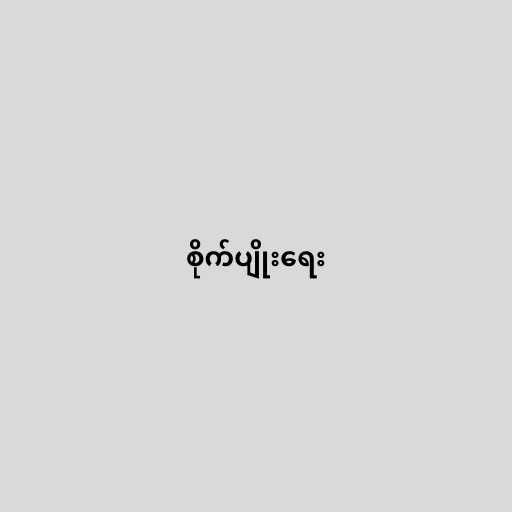
စိုက်ပျိုးရေး